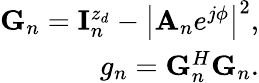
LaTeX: \begin{array}{r}{{\mathbf G}_{n}={\mathbf{I}}_{n}^{z_{d}}-\left|{{\mathbf A}_{n}}e^{j\phi}\right|^{2},}\\ {g_{n}={\mathbf G}_{n}^{H}{\mathbf G}_{n}.}\end{array}